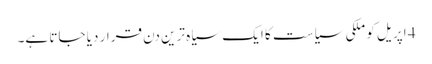
4 اپریل کو ملکی سیاست کا ایک سیاہ ترین دن قرار دیا جاتا ہے۔